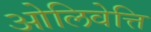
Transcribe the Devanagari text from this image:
ओलिवेत्ति